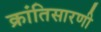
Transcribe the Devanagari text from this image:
क्रांतिसारणी